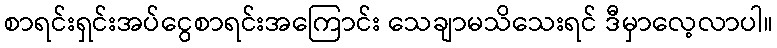
စာရင်းရှင်းအပ်ငွေစာရင်းအကြောင်း သေချာမသိသေးရင် ဒီမှာလေ့လာပါ။